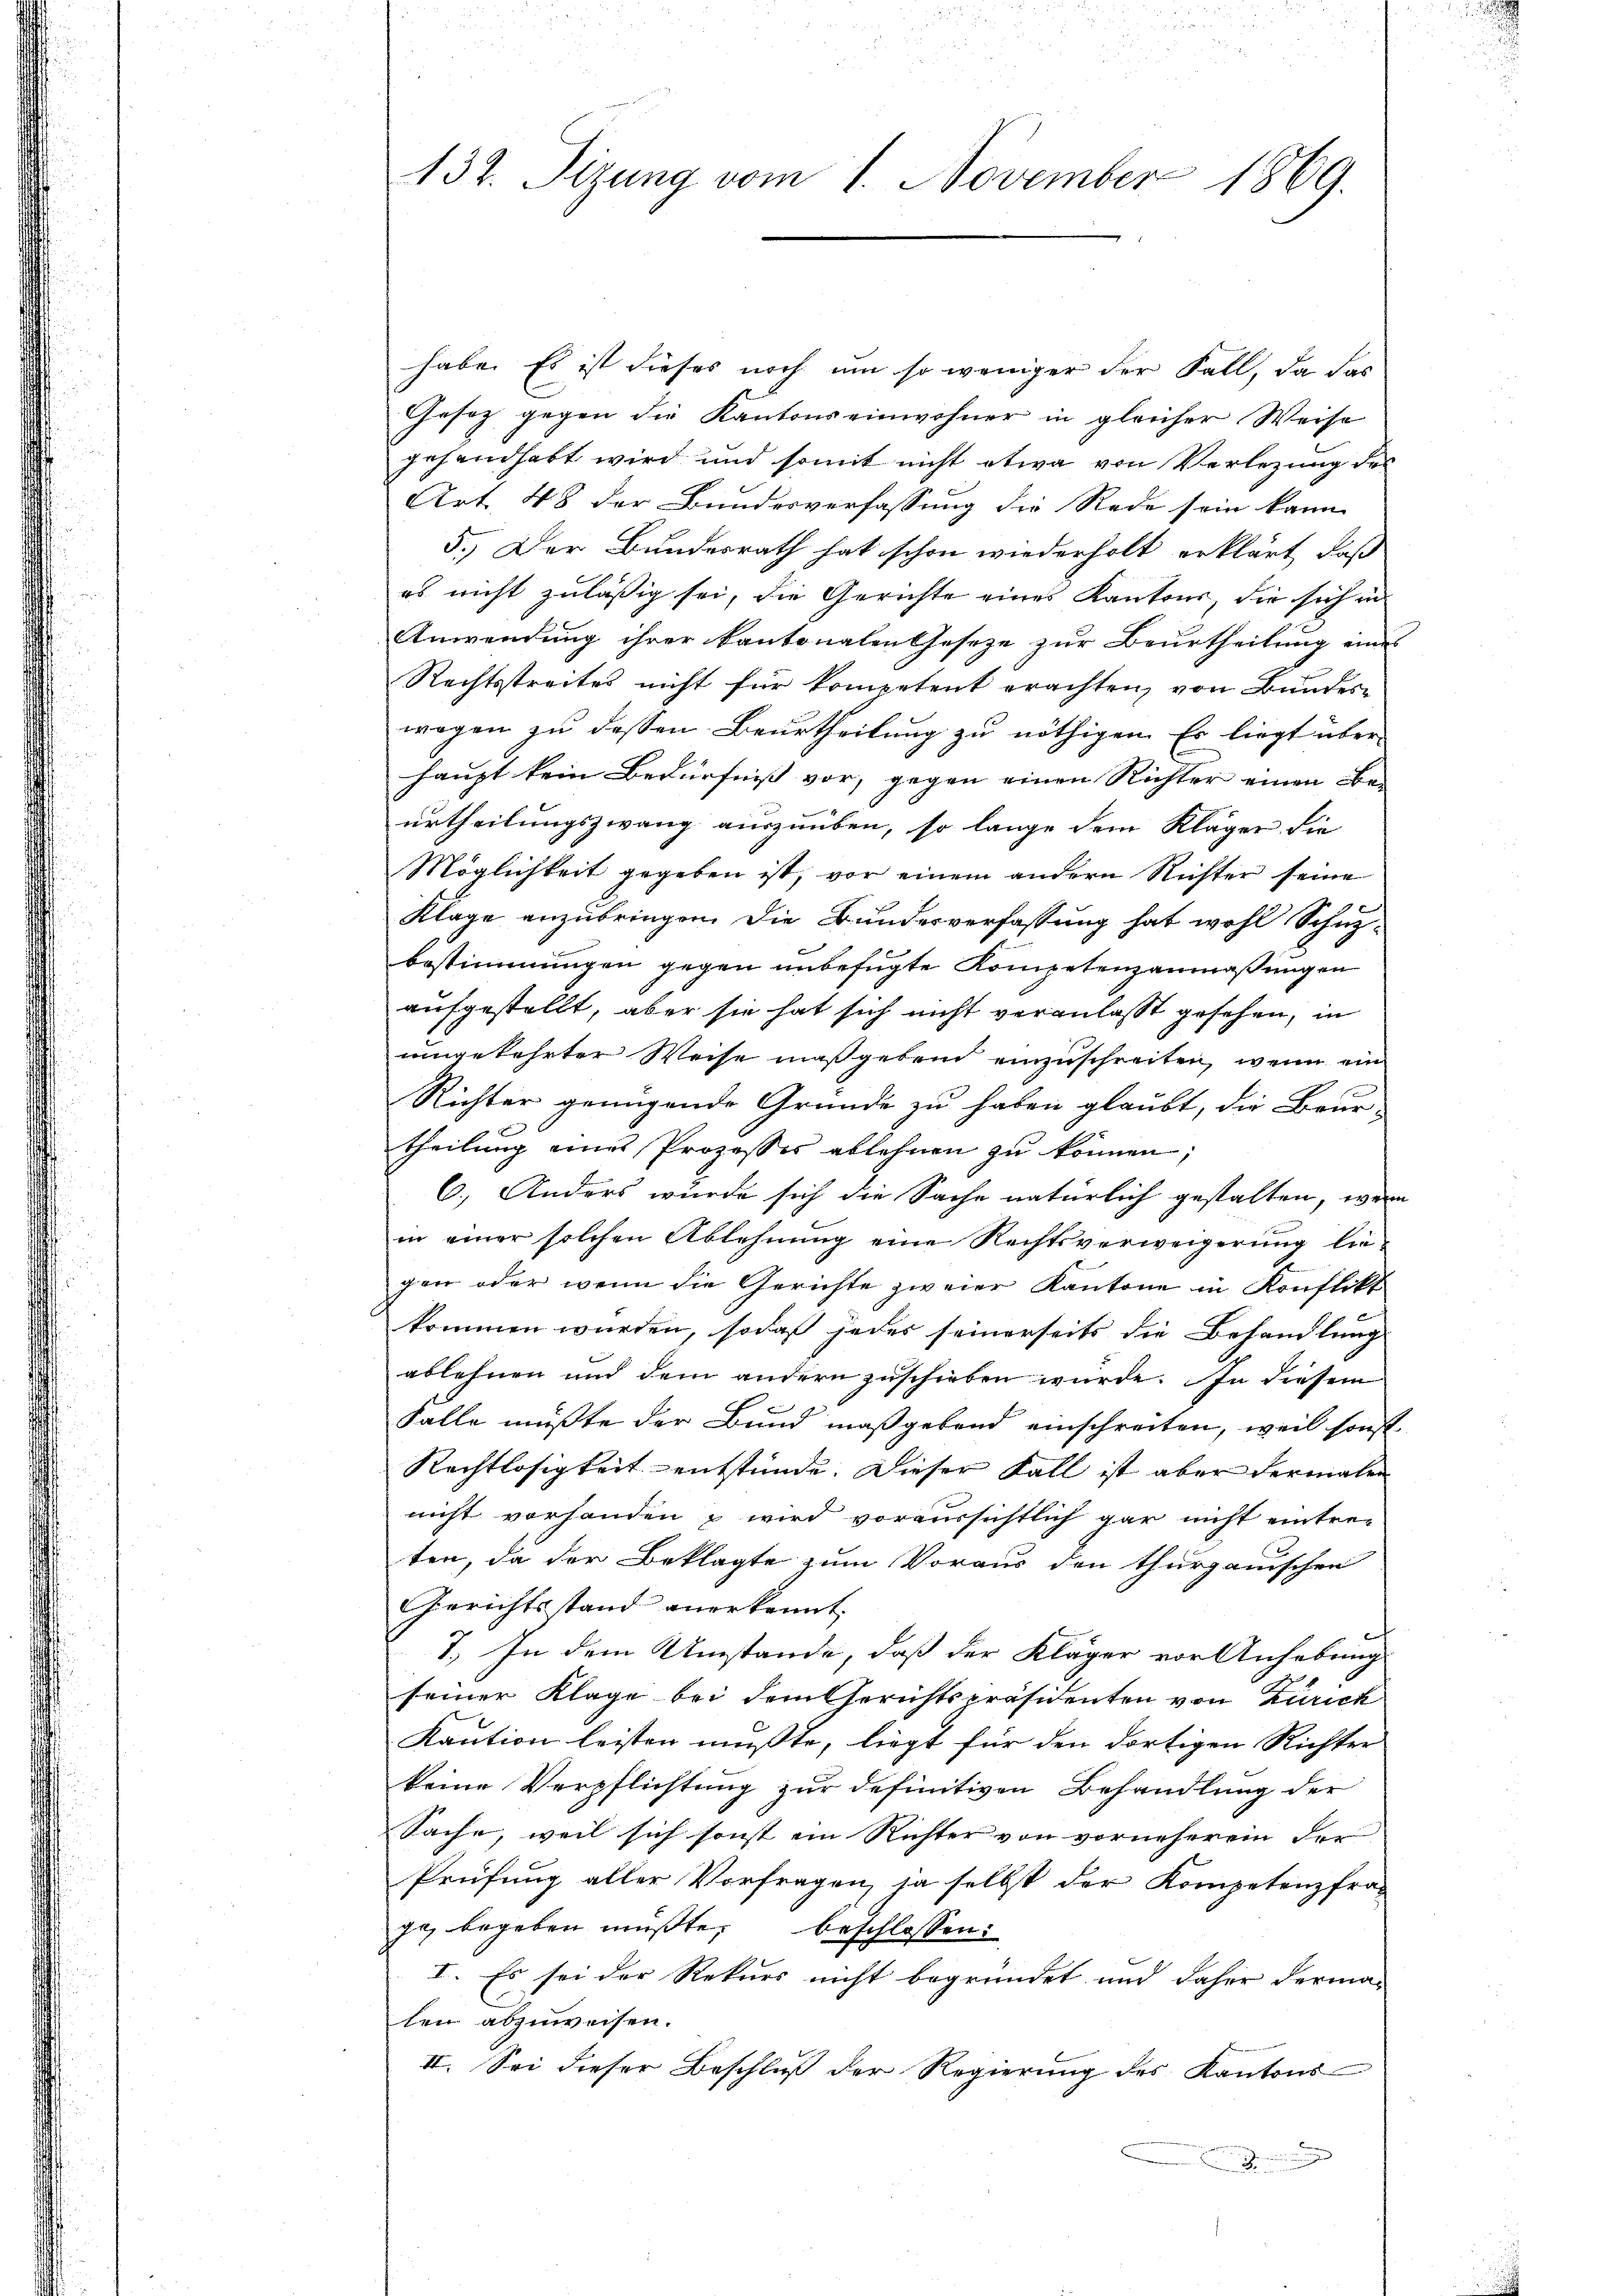
137. Sizung vom 1. November 1869.

habe. Es ist dieses noch um so weniger der Fall, da das
Gesatz gegen die Kantonseinwohner in gleicher Weise
gehandhabt wird und somit nicht etwa von Verlegung des
Art 48 der Bundesverfassung die Rede sein kann
5.) Der Bundesrath hat schon wiederholt erklärt, daß
es nicht zulässig sei, die Gerichte eines Kantons, die sich in
Anwendung ihrer kantonalen Gesetze zur Beurtheilung eine
Rechtsstreites nicht für kompetent erachten, von Bundeswegen zu dessen Beurtheilung zu nöthigen. Es liegt über
haupt kein Bedürfniß vor, gegen einen Richter einen Be-
urtheilungszwang auszuüben, so lange dem Kläger die
Möglichkeit gegeben ist, vor einem andern Richter seine
Klage anzubringen. Die Bundesverfassung hat wohl Schuz-
bestimmungen gegen unbefügte Kompetenzanmaßungen
aufgestellt, aber sie hat sich nicht veranlaßt gesehen, in
umgekehrter Weise maßgebend einzuschreiten, wenn ein
Richter genügende Gründe zu haben glaubt, die Beur-
theilung eines Prozesses ablehnen zu können,
6.) Anders wurde sich die Sache natürlich gestalten, wenn
in einer solchen Ablehnung eine Rechtsverweigerung liegen oder wenn die Gerichte zweier Kantone in Konflikt
kommen würden, sodaß jedes seinerseits die Behandlung
ablehnen und dem andern zuschieben würde. In diesem
Falle mußte der Bund maßgebend einschreiten, weil sonst
Rechtlosigkeit entstünde. Dieser Fall ist aber dermalen
nicht vorhanden & wird voraussichtlich gar nicht eintre-
ten, da der Beklagte zum Voraus den thurgauischen
Gerichtsstand anerkannt.
7.) In dem Umstände, daß der Kläger vor Anhebung
seiner Klage bei dem Gerichtspräsidenten von Zürich
Kaution leisten mußte, liegt für den dortigen Richter
keine Verpflichtung zur definitiven Behandlung der
Sache, weil sich sonst ein Richter von vorneherein der
Prüfung aller Vorfragen, ja selbst der Kompetenzfra-
ge, begeben müßte,
beschlossen:
I. Es sei der Rekurs nicht begründet und daher derma-
len abzuweisen.
II. Sei dieser Beschluß der Regierung des Kantons-